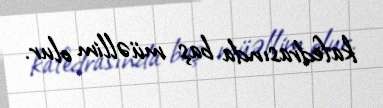
kafedrasında baş müəllim olur.